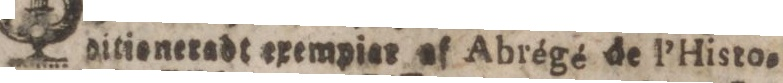
ditieneradt exempiat af Abrégé de l’Histo=